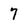
Character: 7